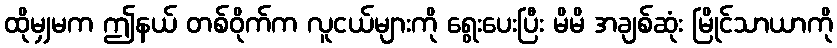
ထိုမျှမက ဤနယ် တစ်ဝိုက်က လူငယ်များကို ရွေးပေးပြီး မိမိ အချစ်ဆုံး မြိုင်သာယာကို